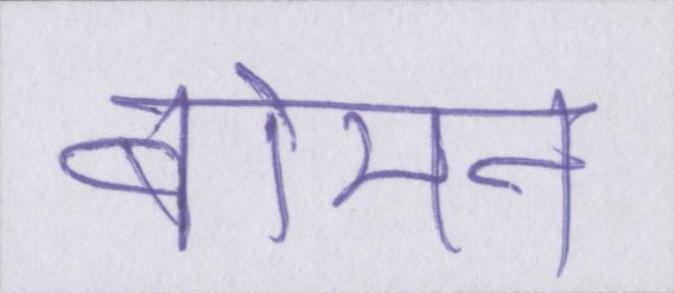
बोमन